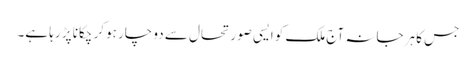
جس کا ہرجانہ آج ملک کو ایسی صورتحال سے دو چار ہوکر چکانا پڑ رہا ہے۔